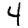
Digit: 4